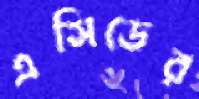
এসিডের